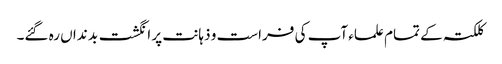
کلکتہ کے تمام علماء آپ کی فراست و ذہانت پر انگشت بد نداں رہ گئے۔